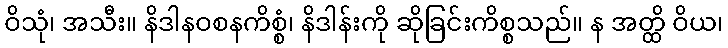
ဝိသုံ၊ အသီး။ နိဒါနဝစနကိစ္စံ၊ နိဒါန်းကို ဆိုခြင်းကိစ္စသည်။ န အတ္ထိ ဝိယ၊